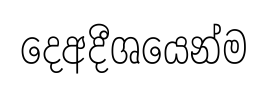
දෙඅදීශයෙන්ම